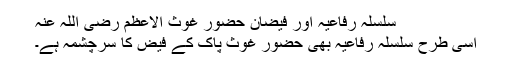
سلسلہ رفاعیہ اور فیضان حضور غوث الاعظم رضی اللہ عنہ
اسی طرح سلسلہ رفاعیہ بھی حضور غوث پاک کے فیض کا سرچشمہ ہے۔